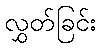
လွှတ်ခြင်း